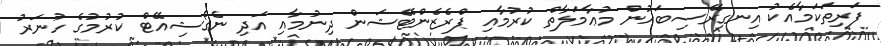
ފަރިތަކަމާއެކު އިނގިރޭސިބަހުން މުޢާމަލާތް ކުރުމާއި ޕްރެޒެންޓޭޝަން ދިނުމާއި އަދި ނެގޯޝިއޭޓް ކުރުމުގެ ހުނަރު